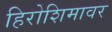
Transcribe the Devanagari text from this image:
हिरोशिमावर